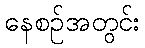
နေစဉ်အတွင်း